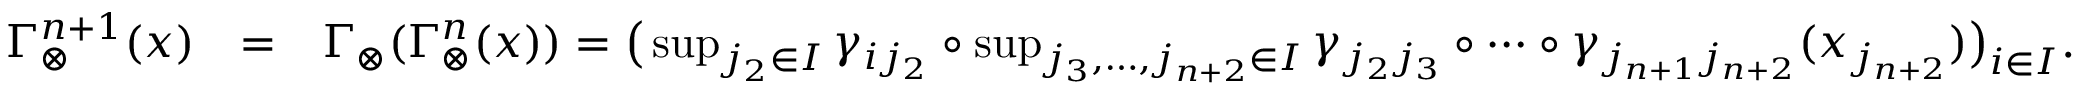
\begin{array} { r l r } { \Gamma _ { \otimes } ^ { n + 1 } ( x ) } & { = } & { \Gamma _ { \otimes } ( \Gamma _ { \otimes } ^ { n } ( x ) ) = \big ( \operatorname* { s u p } _ { j _ { 2 } \in I } \gamma _ { i j _ { 2 } } \circ \operatorname* { s u p } _ { j _ { 3 } , \ldots , j _ { n + 2 } \in I } \gamma _ { j _ { 2 } j _ { 3 } } \circ \cdots \circ \gamma _ { j _ { n + 1 } j _ { n + 2 } } ( x _ { j _ { n + 2 } } ) \big ) _ { i \in I } . } \end{array}